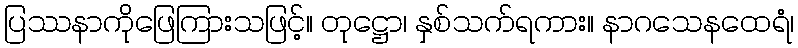
ပြဿနာကိုဖြေကြားသဖြင့်။ တုဋ္ဌော၊ နှစ်သက်ရကား။ နာဂသေနထေရံ၊